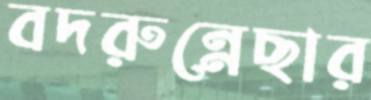
বদরুন্নেছার